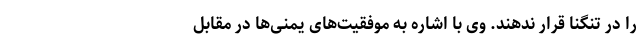
را در تنگنا قرار ندهند. وی با اشاره به موفقیت‌های یمنی‌ها در مقابل